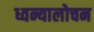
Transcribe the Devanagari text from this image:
ध्वन्यालोचन